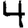
Digit: 4